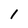
Character: 1